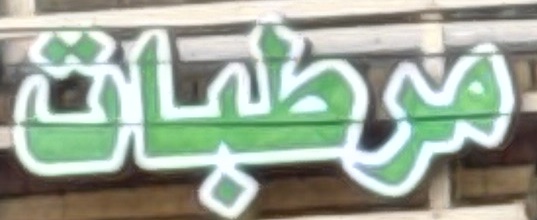
مرطبات